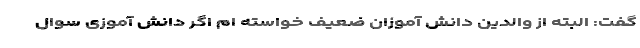
گفت: البته از والدین دانش آموزان ضعیف خواسته ام اگر دانش آموزی سوال